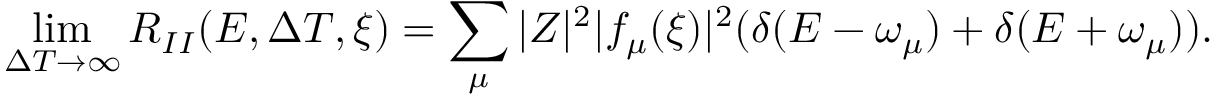
\operatorname * { l i m } _ { \Delta T \rightarrow \infty } R _ { I I } ( E , \Delta T , \xi ) = \sum _ { \mu } | Z | ^ { 2 } | f _ { \mu } ( \xi ) | ^ { 2 } ( \delta ( E - \omega _ { \mu } ) + \delta ( E + \omega _ { \mu } ) ) .